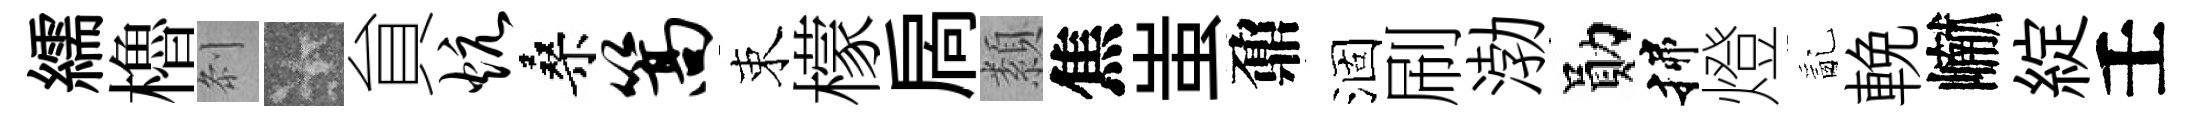
繻櫓𠛴卡貟炕桑篙束檬扄纇焦蚩鼐涸刷渤勛揲燈亂輓𪩘綻壬